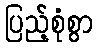
ပြည့်စုံစွာ